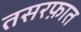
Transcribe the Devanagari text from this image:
तसरफ़ात